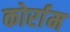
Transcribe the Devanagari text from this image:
कोर्राम